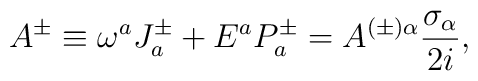
A^{\pm}\equiv\omega^{a}J^{\pm}_{a}+E^{a}P^{\pm}_{a}=A^{(\pm)\alpha}               \frac{\sigma_{\alpha}}{2i},